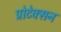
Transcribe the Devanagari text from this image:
प्रोटेक्सन